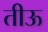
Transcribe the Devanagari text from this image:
तीऊ